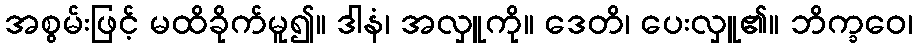
အစွမ်းဖြင့် မထိခိုက်မူ၍။ ဒါနံ၊ အလှူကို။ ဒေတိ၊ ပေးလှူ၏။ ဘိက္ခဝေ၊